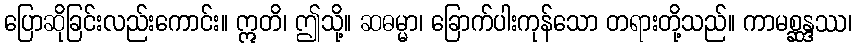
ပြောဆိုခြင်းလည်းကောင်း။ ဣတိ၊ ဤသို့။ ဆဓမ္မာ၊ ခြောက်ပါးကုန်သော တရားတို့သည်။ ကာမစ္ဆန္ဒဿ၊